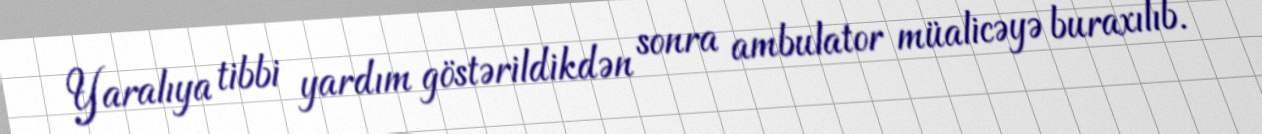
Yaralıya tibbi yardım göstərildikdən sonra ambulator müalicəyə buraxılıb.